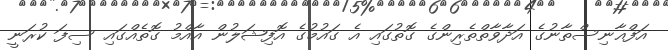
އަފްޣާނިސްތާނުގެ އަދާވާތްތެރިންގެ ގޮތުގައި އެ ގައުމުގެ އޮފިޝަލުން އާއްމު ގޮތެއްގައި ސިފަ ކުރަނީ